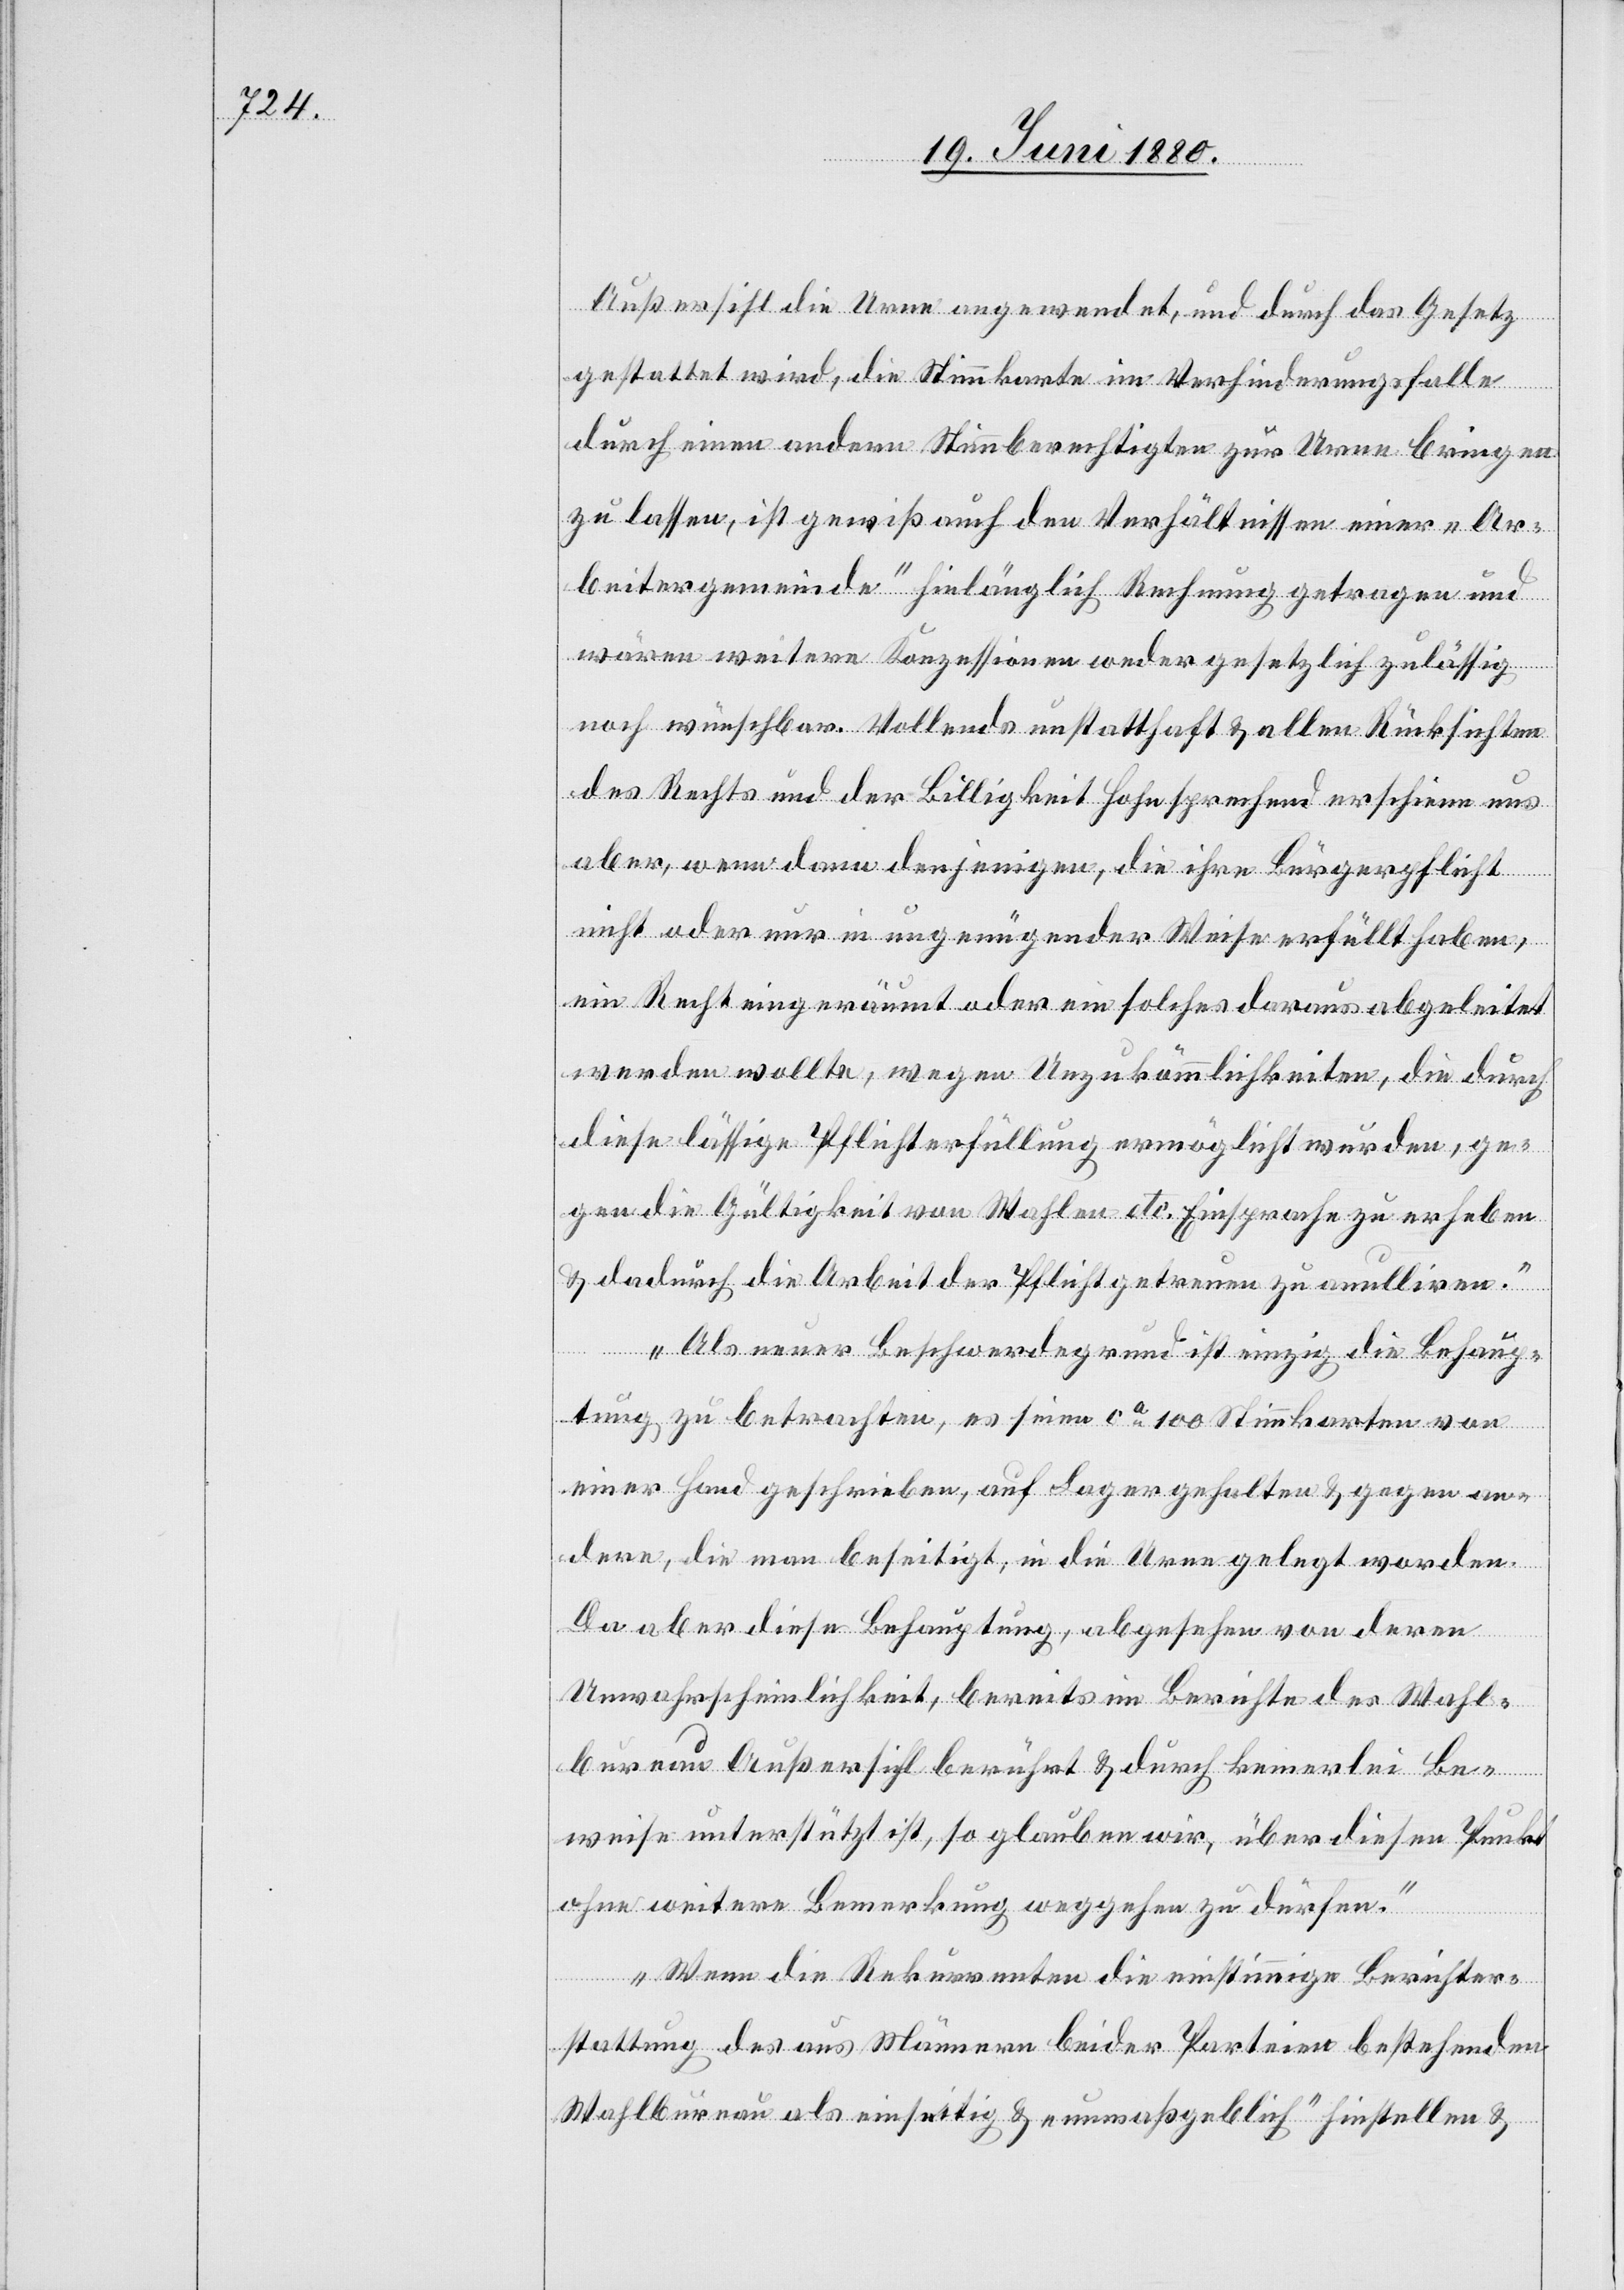
Außersihl die Urne angewendet, und durch das Gesetz
gestattet wird, die Stimmkarte im Verhinderungsfalle
durch einen andern Stimmberechtigten zur Urne bringen
zu lassen, ist gewiß auch den Verhältnissen einer „Ar¬
beitergemeinde“ hinlänglich Rechnung getragen und
wären weitere Konzessionen weder gesetzlich zulässig
noch wünschbar. Vollends unstatthaft & allen Rücksichten
des Rechts und der Billigkeit Hohn sprechend erschiene uns
aber, wenn dann denjenigen, die ihre Bürgerpflicht
nicht oder nur in ungenügender Weise erfüllt haben,
ein Recht eingeräumt oder ein solche daraus abgeleitet
werden wollte, wegen Unzukömmlichkeiten, die durch
diese lässige Pflichterfüllung ermöglicht wurden, ge¬
gen die Gültigkeit von Wahlen etc. Einsprache zu erheben
& dadurch die Arbeit der Pflichtgetreuen zu anulliren.
Als neuer Beschwerdegrund ist einzig die Behaup¬
tung zu betrachten, es seien ca 100 Stimmkarten von
einer Hand geschrieben, auf Lager gehalten & gegen an¬
dere, die man beseitigt, in die Urne gelegt worden.
Da aber diese Behauptung, abgesehen von deren
Unwahrscheinlichkeit, bereits im Berichte des Wahl¬
bureau Außersihl berührt & durch keinerlei Be¬
weise unterstützt ist, so glauben wir, über diesen Punkt
ohne weitere Bemerkung weggehen zu dürfen.
Wenn die Rekurrenten die einstimmige Berichter¬
stattung des aus Männern beider Parteien bestehenden
Wahlbureau als einseitig & „unmaßgeblich“ hinstellen &